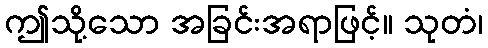
ဤသို့သော အခြင်းအရာဖြင့်။ သုတံ၊